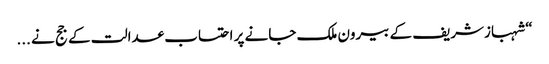
“ شہبازشریف کے بیرون ملک جانے پر احتساب عدالت کے جج نے ...